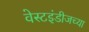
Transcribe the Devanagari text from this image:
वेस्टइंडीजच्या